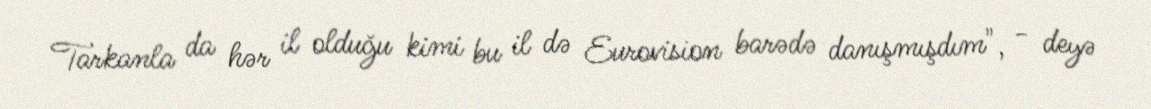
Tarkanla da hər il olduğu kimi bu il də Eurovision barədə danışmışdım", - deyə